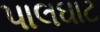
પાલઘાટ